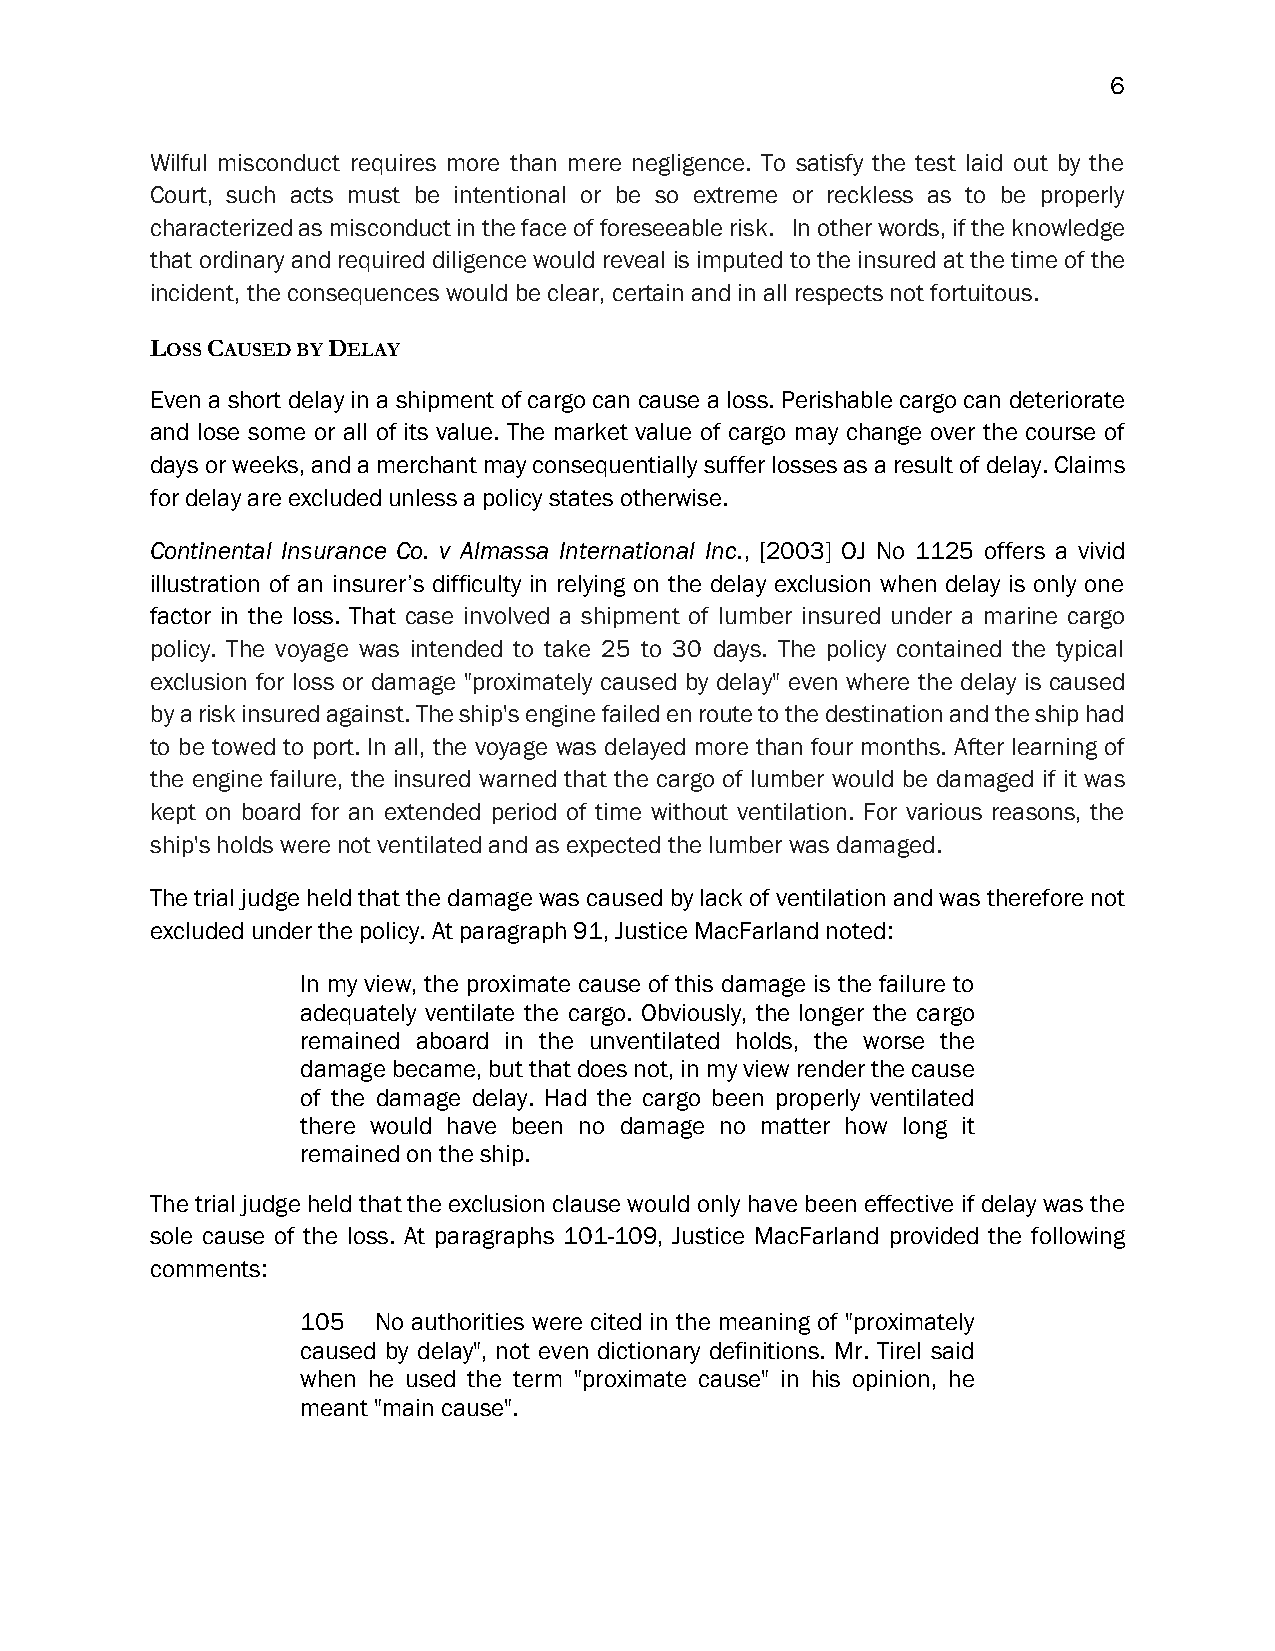
6
 Wilful misconduct requires more than mere negligence. To satisfy the test laid out by the
 Court, such acts must be intentional or be so extreme or reckless as to be properly
 characterized as misconduct in the face of foreseeable risk. In other words, if the knowledge
 that ordinary and required diligence would reveal is imputed to the insured at the time of the
 incident, the consequences would be clear, certain and in all respects not fortuitous.
 LOSS CAUSED BY DELAY
 Even a short delay in a shipment of cargo can cause a loss. Perishable cargo can deteriorate
 and lose some or all of its value. The market value of cargo may change over the course of
 days or weeks, and a merchant may consequentially suffer losses as a result of delay. Claims
 for delay are excluded unless a policy states otherwise.
 Continental Insurance Co. v Almassa International Inc., [2003] OJ No 1125 offers a vivid
 illustration of an insurer’s difficulty in relying on the delay exclusion when delay is only one
 factor in the loss. That case involved a shipment of lumber insured under a marine cargo
 policy. The voyage was intended to take 25 to 30 days. The policy contained the typical
 exclusion for loss or damage "proximately caused by delay" even where the delay is caused
 by a risk insured against. The ship's engine failed en route to the destination and the ship had
 to be towed to port. In all, the voyage was delayed more than four months. After learning of
 the engine failure, the insured warned that the cargo of lumber would be damaged if it was
 kept on board for an extended period of time without ventilation. For various reasons, the
 ship's holds were not ventilated and as expected the lumber was damaged.
 The trial judge held that the damage was caused by lack of ventilation and was therefore not
 excluded under the policy. At paragraph 91, Justice MacFarland noted:
 In my view, the proximate cause of this damage is the failure to
 adequately ventilate the cargo. Obviously, the longer the cargo
 remained aboard in the unventilated holds, the worse the
 damage became, but that does not, in my view render the cause
 of the damage delay. Had the cargo been properly ventilated
 there would have been no damage no matter how long it
 remained on the ship.
 The trial judge held that the exclusion clause would only have been effective if delay was the
 sole cause of the loss. At paragraphs 101-109, Justice MacFarland provided the following
 comments:
 105  No authorities were cited in the meaning of "proximately
 caused by delay", not even dictionary definitions. Mr. Tirel said
 when he used the term "proximate cause" in his opinion, he
 meant "main cause".